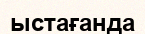
ыстағанда